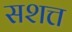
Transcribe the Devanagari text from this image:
सशत्त